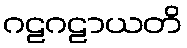
ဂဠဂဠာယတိ